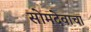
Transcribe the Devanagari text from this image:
सोमदेवाचा